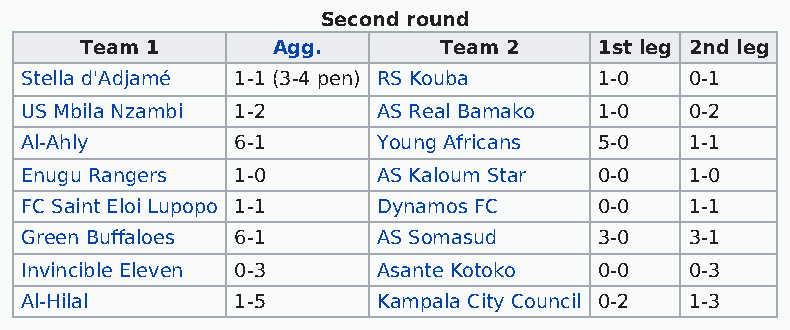
Second round
 Team 1       Agg.       Team 2     1st leg 2nd leg
 Stella d'Adjamé 1-1 (3-4 pen) RS Kouba 1-0   0-1
 US Mbila Nzambi 1-2     AS Real Bamako 1-0   0-2
 Al-Ahly        6-1      Young Africans 5-0   1-1
 Enugu Rangers  1-0      AS Kaloum Star 0-0   1-0
 FC Saint Eloi Lupopo 1-1 Dynamos FC    0-0   1-1
 Green Buffaloes 6-1     AS Somasud     3-0   3-1
 Invincible Eleven 0-3   Asante Kotoko  0-0   0-3
 Al-Hilal       1-5      Kampala City Council 0-2 1-3